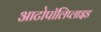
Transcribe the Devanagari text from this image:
आटोपॉलिप्लाइड